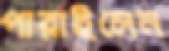
পারাইলেন